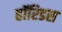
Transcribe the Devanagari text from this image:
हॉरिडस